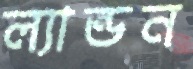
ল্যান্ডন